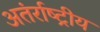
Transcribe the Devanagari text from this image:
अतंर्राष्ट्रीय